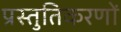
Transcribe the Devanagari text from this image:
प्रस्तुतिकरणों